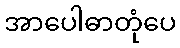
အာပေါဓာတုံပေ